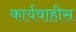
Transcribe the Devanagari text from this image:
कार्यवाहीस